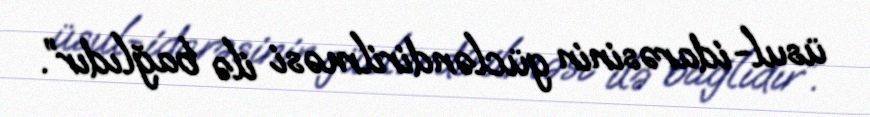
üsul-idarəsinin gücləndirilməsi ilə bağlıdır”.